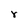
Character: r